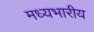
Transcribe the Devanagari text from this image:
मध्यभारीय